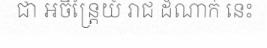
ជា អចិន្ត្រៃយ៍ រាជ ដំណាក់ នេះ